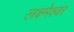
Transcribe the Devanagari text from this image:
लक्ष्मेश्‍वर